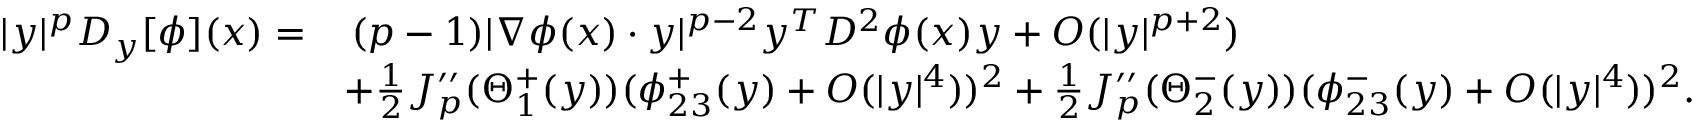
\begin{array} { r l } { | y | ^ { p } D _ { y } [ \phi ] ( x ) = } & { \, ( p - 1 ) | \nabla \phi ( x ) \cdot y | ^ { p - 2 } y ^ { T } D ^ { 2 } \phi ( x ) y + O ( | y | ^ { p + 2 } ) } \\ & { + \frac { 1 } { 2 } J _ { p } ^ { \prime \prime } ( \Theta _ { 1 } ^ { + } ( y ) ) ( \phi _ { 2 3 } ^ { + } ( y ) + O ( | y | ^ { 4 } ) ) ^ { 2 } + \frac { 1 } { 2 } J _ { p } ^ { \prime \prime } ( \Theta _ { 2 } ^ { - } ( y ) ) ( \phi _ { 2 3 } ^ { - } ( y ) + O ( | y | ^ { 4 } ) ) ^ { 2 } . } \end{array}